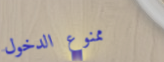
ممنوع الدخول